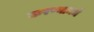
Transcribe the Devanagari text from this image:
करण्यामधे